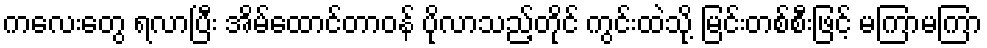
ကလေးတွေ ရလာပြီး အိမ်ထောင်တာဝန် ပိုလာသည့်တိုင် ကွင်းထဲသို့ မြင်းတစ်စီးဖြင့် မကြာမကြာ